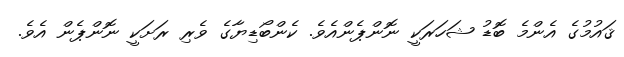
ޤައުމުގެ އެންމެ ބޮޑު ޝަހަރަކީ ނޮންޕެންއެވެ. ކެންބޯޑިޔާގެ ވެރި ރަށަކީ ނޮންޕެން އެވެ.